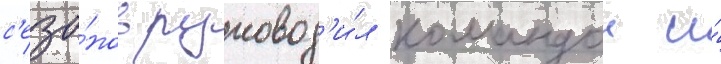
с'езо́нов руковод'и́л командои и́